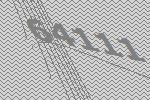
64111